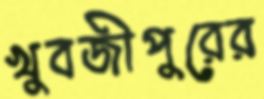
খুবজীপুরের